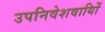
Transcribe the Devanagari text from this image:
उपनिवेशवायिों